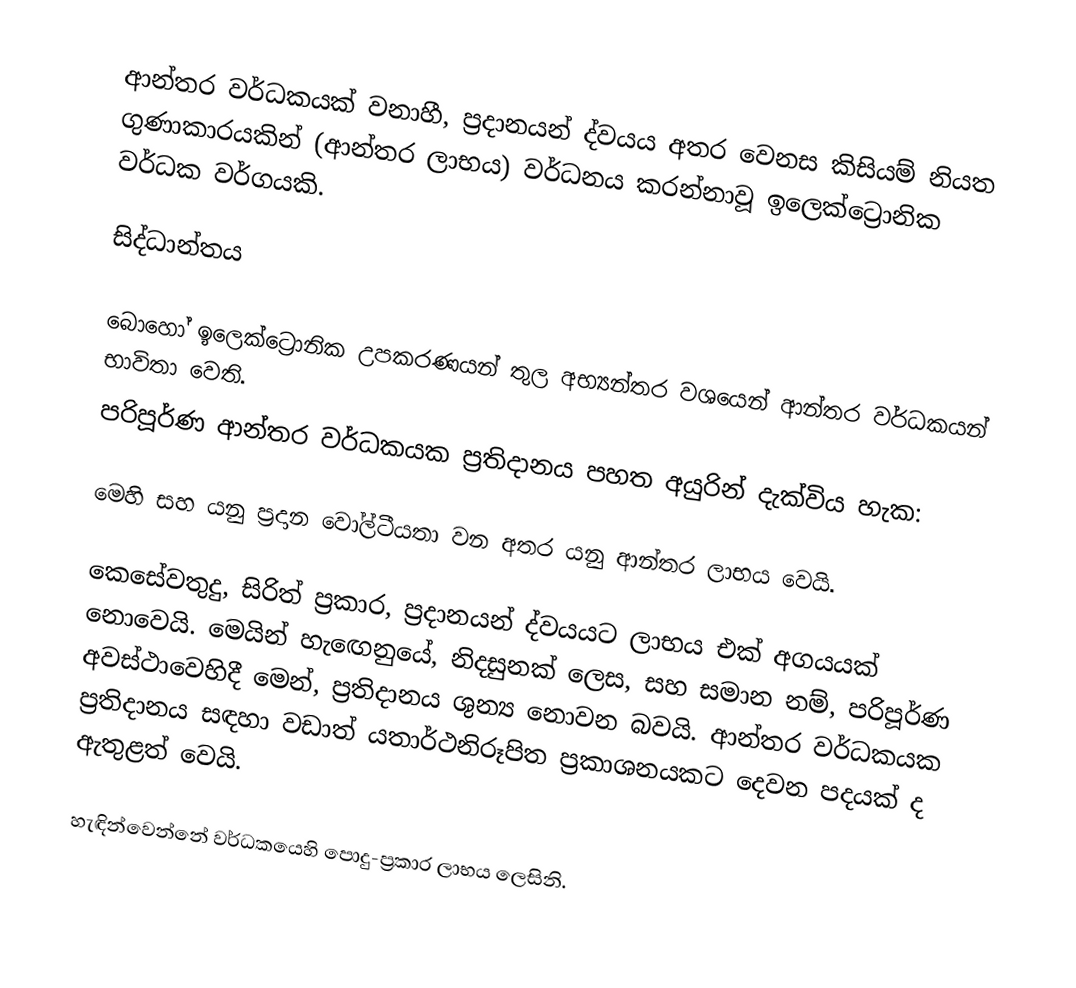
ආන්තර වර්ධකයක් වනාහී, ප්‍රදානයන් ද්වයය අතර වෙනස කිසියම් නියත ගුණාකාරයකින් (ආන්තර  ලාභය) වර්ධනය කරන්නාවූ     ඉලෙක්ට්‍රොනික වර්ධක වර්ගයකි.

සිද්ධාන්තය

බොහෝ ඉලෙක්ට්‍රොනික උපකරණයන් තුල අභ්‍යන්තර වශයෙන් ආන්තර වර්ධකයන් භාවිතා වෙති.
පරිපූර්ණ ආන්තර වර්ධකයක ප්‍රතිදානය පහත අයුරින් දැක්විය හැක:

මෙහි  සහ  යනු ප්‍රදාන වෝල්ටීයතා වන අතර  යනු ආන්තර ලාභය වෙයි.

කෙසේවතුදු, සිරිත් ප්‍රකාර, ප්‍රදානයන් ද්වයයට ලාභය එක් අගයයක් නොවෙයි. මෙයින් හැ‍‍‍ඟෙනුයේ, නිදසුනක් ලෙස,  සහ  සමාන නම්, පරිපූර්ණ අවස්ථාවෙහිදී මෙන්, ප්‍රතිදානය ශුන්‍ය නොවන බවයි. ආන්තර වර්ධකයක ප්‍රතිදානය සඳහා වඩාත් යතාර්ථනිරූපිත ප්‍රකාශනයකට දෙවන පදයක් ද ඇතුළත් වෙයි.

 හැඳින්වෙන්නේ වර්ධකයෙහි පොදු-ප්‍රකාර ලාභය ලෙසිනි.